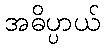
အဓိပ္ပာယ်